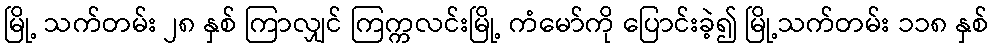
မြို့ သက်တမ်း ၂၈ နှစ် ကြာလျှင် ကြက္ကလင်းမြို့ ကံမော်ကို ပြောင်းခဲ့၍ မြို့သက်တမ်း ၁၁၈ နှစ်